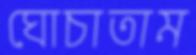
ঘোচাতাম